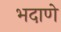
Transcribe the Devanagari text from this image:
भदाणे